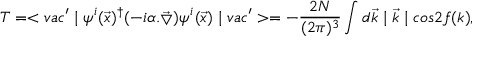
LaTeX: T = < v a c ^ { \prime } \mid \psi ^ { i } ( \vec { x } ) ^ { \dagger } ( - i \alpha . { \vec { \bigtriangledown } } ) \psi ^ { i } ( \vec { x } ) \mid v a c ^ { \prime } > = - \frac { 2 N } { ( 2 \pi ) ^ { 3 } } \int d \vec { k } \mid \vec { k } \mid c o s 2 f ( k ) ,